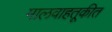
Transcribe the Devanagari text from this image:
मालवाहतूकीत